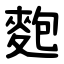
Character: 麭